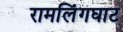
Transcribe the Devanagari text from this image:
रामलिंगघाट